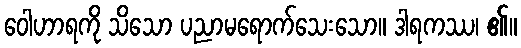
ဝေါဟာရကို သိသော ပညာမရောက်သေးသော။ ဒါရကဿ၊ ၏။